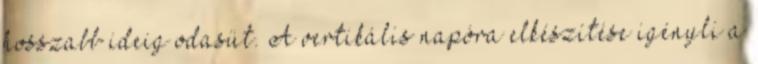
hosszabb ideig odasüt. A vertikális napóra elkészítése igényli a